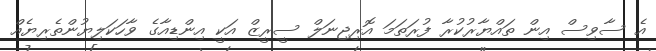
އެ ސާވިސް އިން ތައްޔާރުކުރާ ފުރަތަމަ އޮރިޖިނަލް ސީރީޒް އަކީ އިންޑިއާގެ ވާހަކަލިޔުންތެރިޔެއް